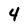
Character: 4